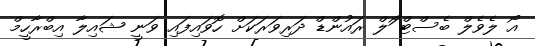
އޯ ލެވެލް ބެސްޓް ަޯލް ރައުންޑް ދަރިވަރަކަށް ހޮވައިފައި ވަނީ ޝައިލާ އިބްރާހީމް